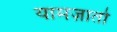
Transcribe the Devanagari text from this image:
यामज़ातो